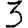
Digit: 3